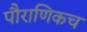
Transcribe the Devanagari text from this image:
पौराणिकच